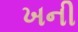
ખની